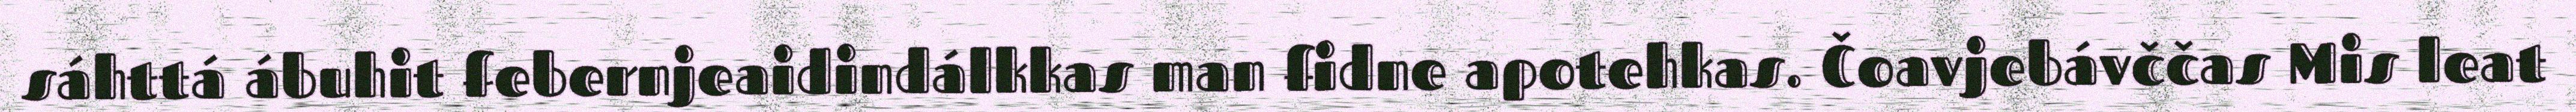
sáhttá ábuhit febernjeaidindálkkas man fidne apotehkas. Čoavjebávččas Mis leat